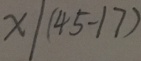
x \vert ( 4 5 - 1 7 )